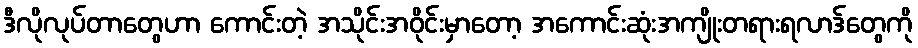
ဒီလိုလုပ်တာတွေဟာ ကောင်းတဲ့ အသိုင်းအဝိုင်းမှာတော့ အကောင်းဆုံးအကျိုးတရားရလာဒ်တွေကို